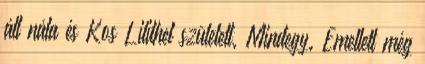
áll nála és Kos Lilithel született. Mindegy. Emellett még